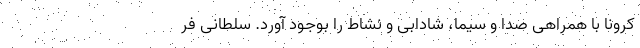
کرونا با همراهی صدا و سیما، شادابی و نشاط را بوجود آورد. سلطانی فر